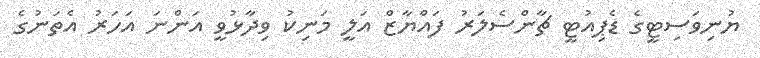
ޔުނިވަސިޓީގެ ޑެޕިއުޓީ ޗާންސެލަރު ފައްޔާޒް އަލީ މަނިކު ވިދާޅުވީ އަންނަ އަހަރު އެތަނުގެ